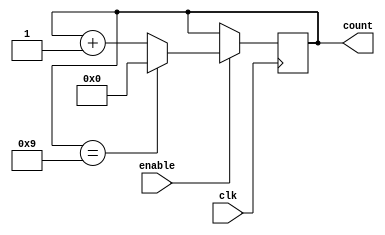
module modulo_n_up_counter (
  input wire clk,
  input wire enable,
  output reg [7:0] count
);

parameter N = 10; // Define the value of N

always @(posedge clk) begin
  if (enable) begin
    if (count == N-1) begin
      count <= 0;
    end else begin
      count <= count + 1;
    end
  end
end

endmodule